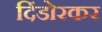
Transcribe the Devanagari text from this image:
दिंडोरकर